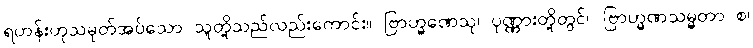
ရဟန်းဟုသမုတ်အပ်သော သူတို့သည်လည်းကောင်း။ ဗြာဟ္မဏေသု၊ ပုဏ္ဏားတို့တွင်။ ဗြာဟ္မဏသမ္မတာ စ၊